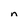
Character: n